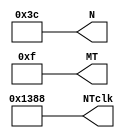
module DAT_BL(output wire [15:0]NTclk,
							output wire [10:0]N,
							output wire [10:0]MT);

	assign NTclk = 16'd5000;
	assign N     = 11'd60;
	assign MT    = 11'd15;

endmodule